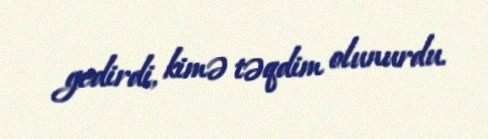
gedirdi, kimə təqdim olunurdu.